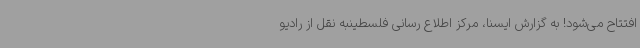
افتتاح می‌شود! به گزارش ایسنا، مرکز اطلاع رسانی فلسطینبه نقل از رادیو